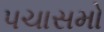
પચાસમો